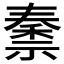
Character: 𫀜